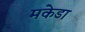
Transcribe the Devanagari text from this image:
मकेडा